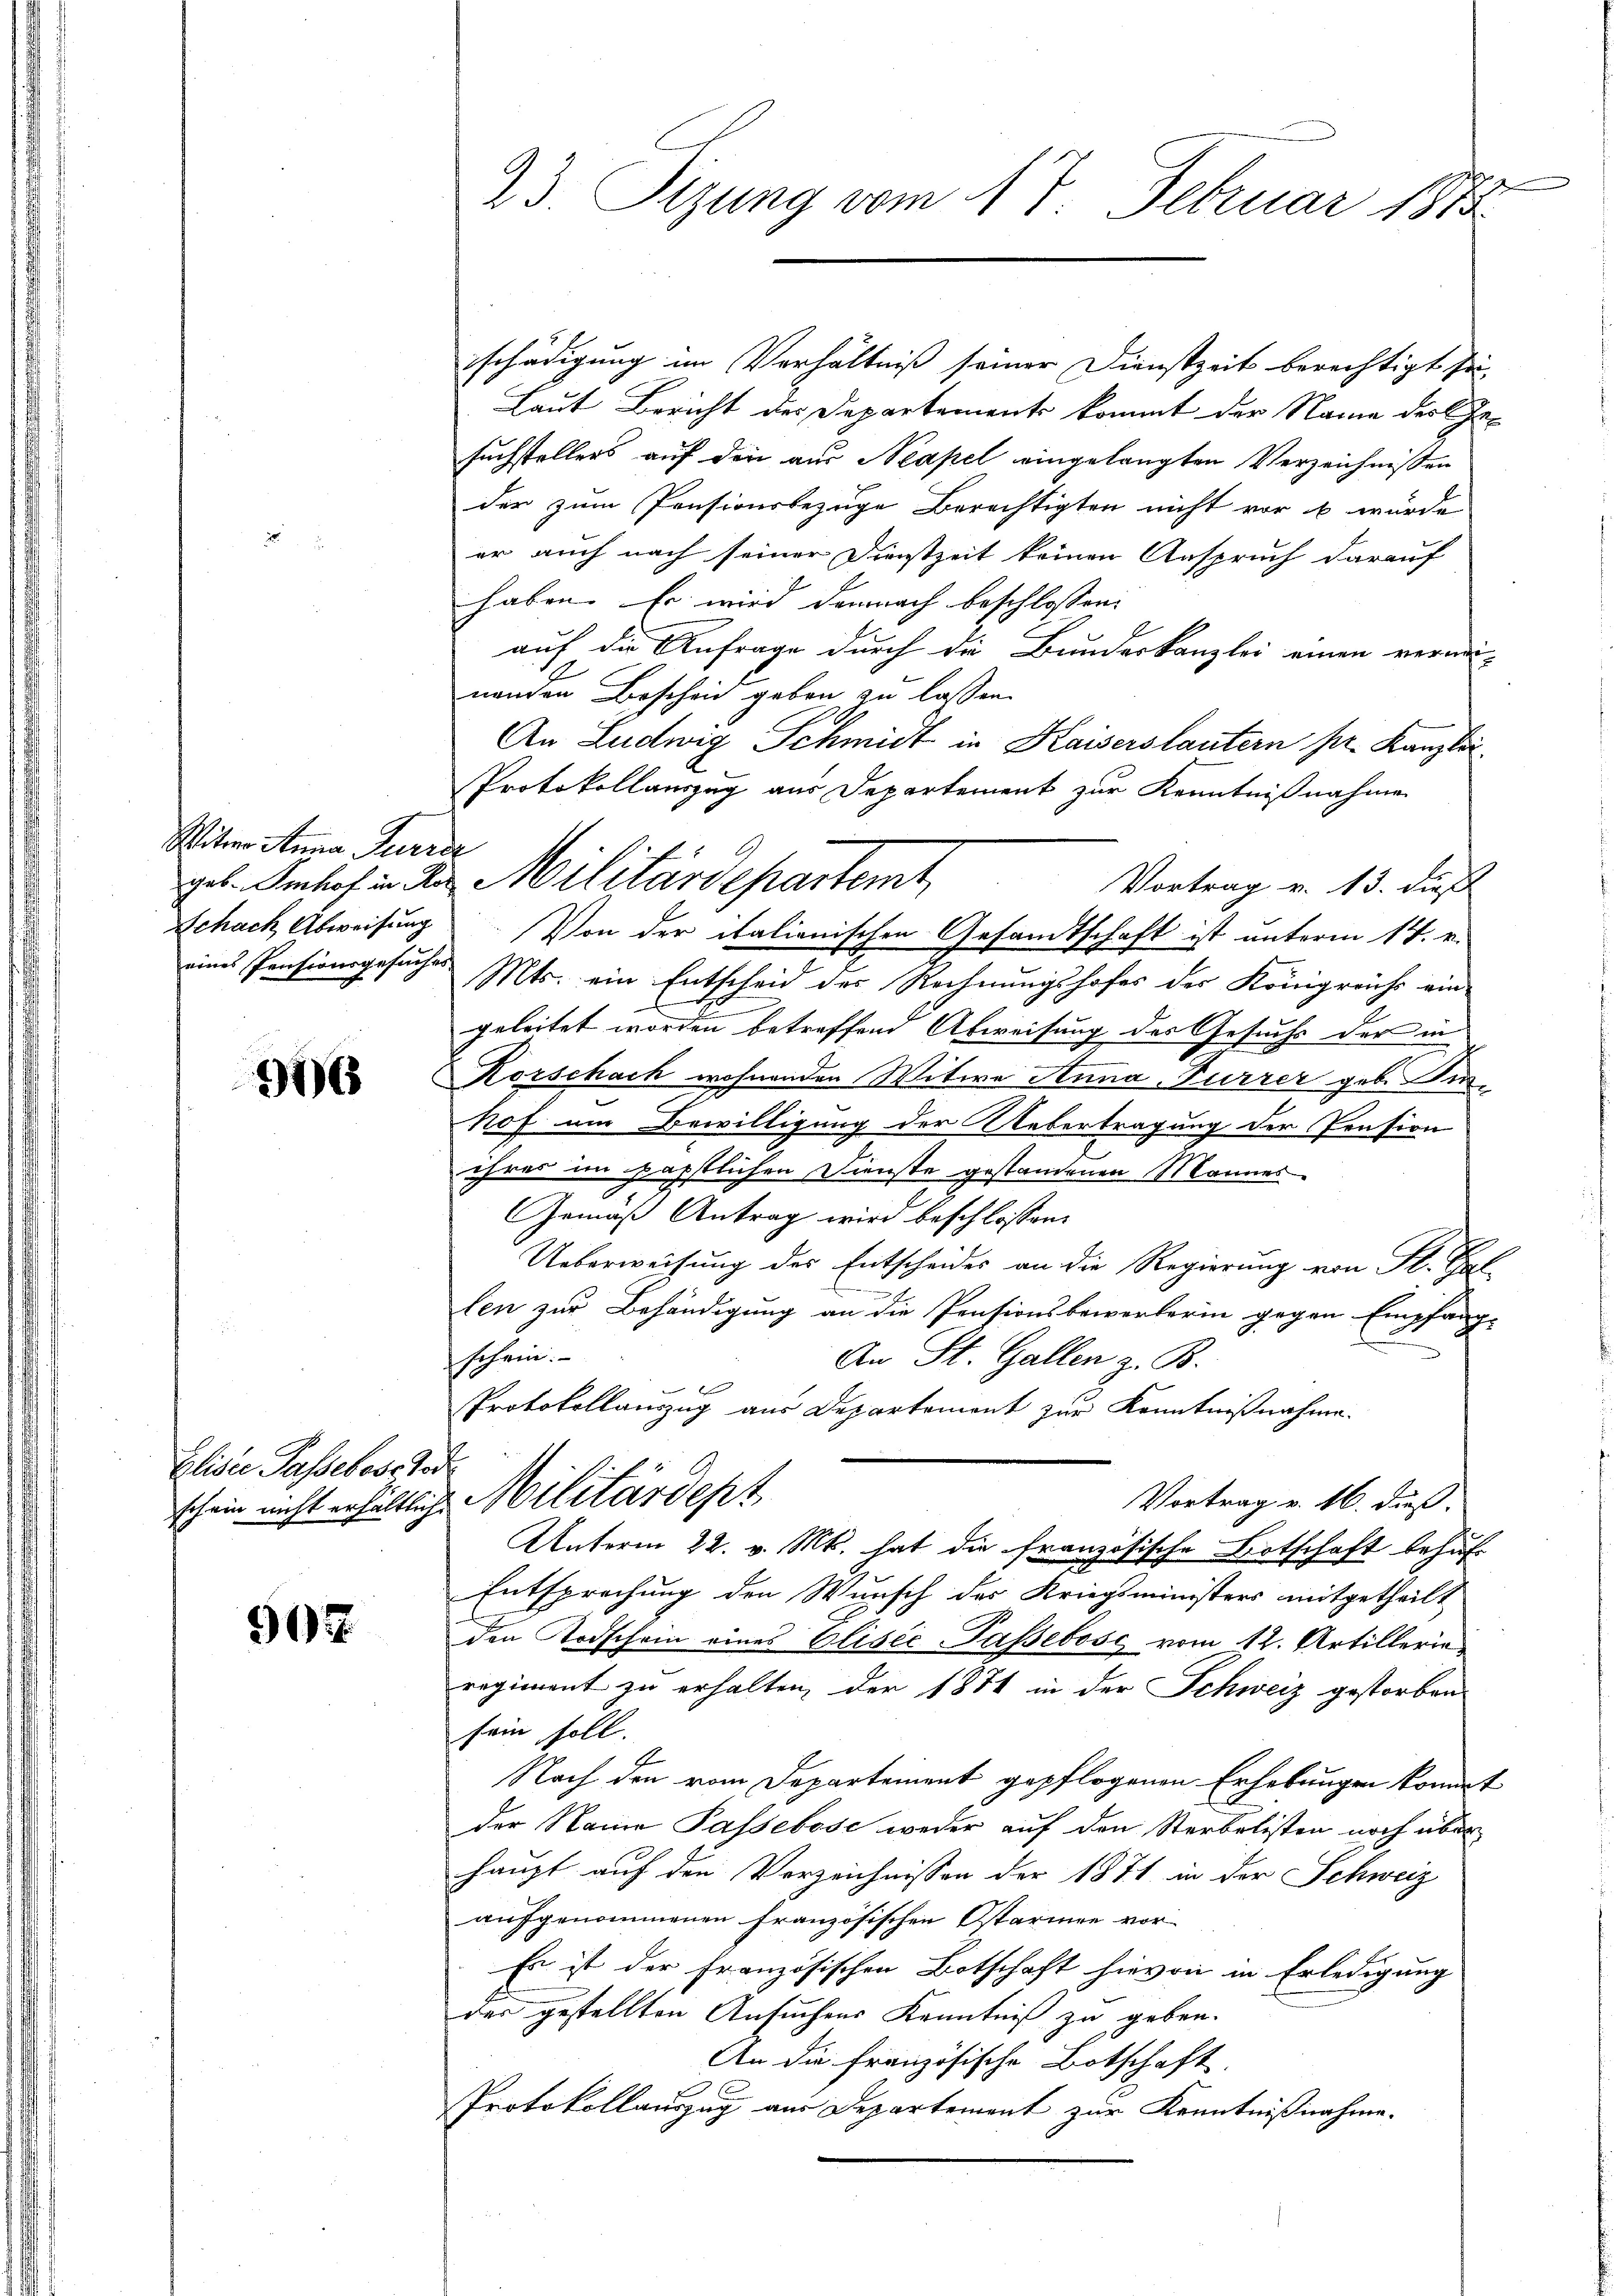
Witter Anna Turice
Schach Abweisung

376

Elisie Passebescher
schein nicht erhältlich.

507

schädigung im Verhältniß seiner Dienstzeit berechtigt sei
Laut Bericht der Departements kommt der Name der Gesuchstellers auf den aus Neapel eingelangten Verzeichnissen
der zum Pensionsbezuge Berechtigten nicht vor es wurde
er auch nach seiner Dienstzeit keinen Anspruch darauf
haben. Er wird darnach beschlossen:
auf die Anfrage durch die Bundeskanzlei einen vermeinenden Bescheid geben zu lassen.
An Ludwig Schmidt in Kaisers lautern pr. Kanzlei
Protokollauszug aus Departement zur Kenntnißnahme
Vortrag v. 13. dieß
Von der italionischen Gesandtschaft ist unterm 14. v.
eines Pensionsgesuches Mts. ein Entscheid des Rechnungshofes der Königreichs ein
geleitet worden betreffend Abweisung des Gesuchs der in
Korschach wohnenden Witwe Anna, Furrer geb. Su
hof um Bewilligung der Uebertragung der Prasion
ihres im päpstlichen Dienste gestandenen Mannes
Gemäß Antrag wird beschlossen:
Ueberweisung des Entscheides an die Regierung von Fl. Haf-
len zur Behändigung an die Pensionsbewerkerin gegen Empfang-
schein.
An St. Gallen z. B.
e
Protokollanzug aus Departement zur Kenntnißnahme.
s
Militärdept
Vortrag v. 16. dieß.
Unterm 22. v. Mts. hat die französische Notschaft behuf
Entsprechung den Wunsch des Kriegsministers mitgetheilt
den Todschein eines Elisée Paßsebose vom 12. Artillerie
regiment zu erhalten, der 1871 in der Schweiz gestorben
sein soll.
Nach den vom Departement gepflogenen Erhebungen kommt
der Name Passeböse weder auf den Sterbalisten noch über
haupt auf den Verzeichnissen der 1871 in der Schweiz
aufgenommenen französischen Ostarmee vor-
Es ist der Französischen Botschaft hievon in Erledigung
der gestellten Ansuchens Kenntniß zu geben.
An die französische Botschaft.
Protokollauszug aus Departement zur Kenntnißnahme.

23 Sizung vom 17. Februar 1882

geb. Imhof in des Militärdepartemt,